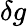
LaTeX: \delta g